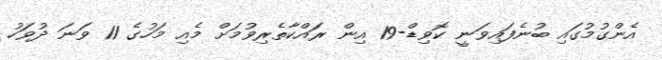
އެންގުމުގައި ބުނެފައިވަނީ ކޮވިޑް-19 އިން ރައްކާތެރިވުމަށް މެއި މަހުގެ 11 ވަނަ ދުވަހު